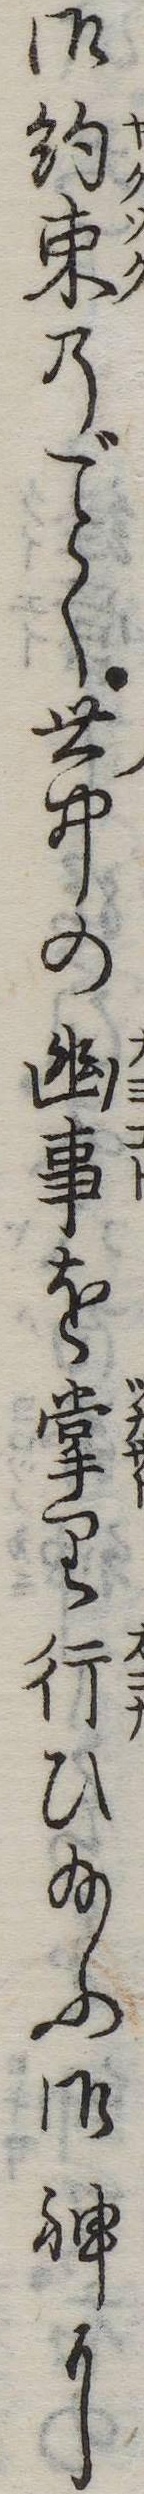
御約束のく世中の幽事を掌り行ひ給ふ御神に